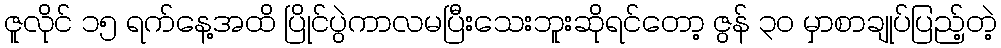
ဇူလိုင် ၁၅ ရက်နေ့အထိ ပြိုင်ပွဲကာလမပြီးသေးဘူးဆိုရင်တော့ ဇွန် ၃၀ မှာစာချုပ်ပြည့်တဲ့